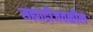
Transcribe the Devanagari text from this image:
सह्याद्रीजवळील